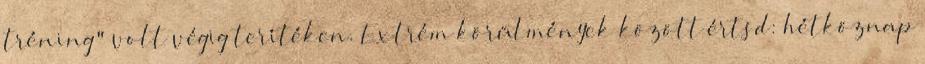
tréning" volt végig terítéken. Extrém körülmények között értsd: hétköznap